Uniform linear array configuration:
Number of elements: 4
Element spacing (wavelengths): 1
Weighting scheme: uniform
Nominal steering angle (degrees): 45
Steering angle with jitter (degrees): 46.695
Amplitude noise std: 0.05
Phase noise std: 0.05

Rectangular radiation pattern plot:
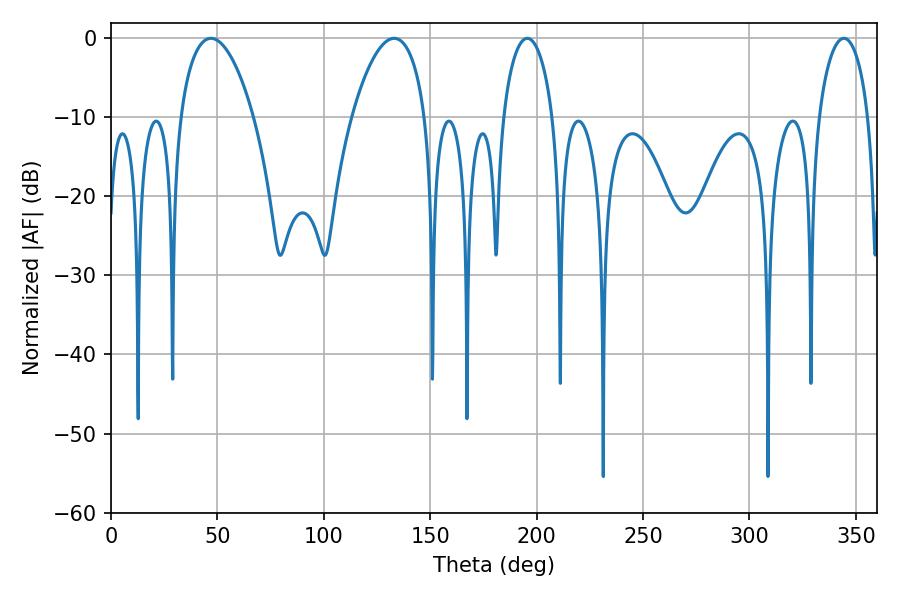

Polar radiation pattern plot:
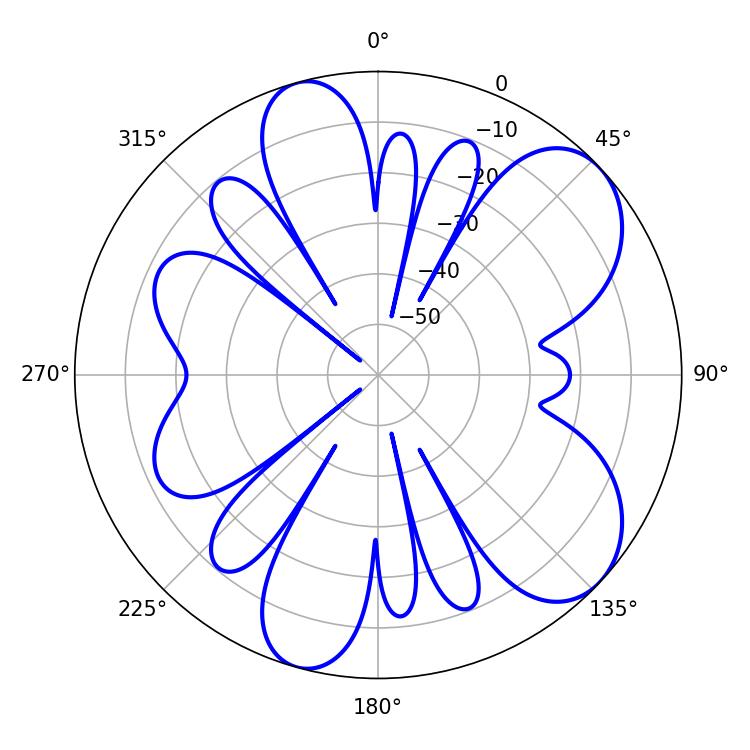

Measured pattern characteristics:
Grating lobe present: TRUE
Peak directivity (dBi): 7.537
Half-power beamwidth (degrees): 19.44
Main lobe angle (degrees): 46.98